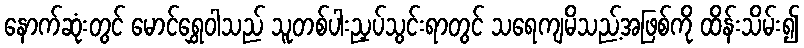
နောက်ဆုံးတွင် မောင်ရွှေဝါသည် သူတစ်ပါးညှပ်သွင်းရာတွင် သရေကျမိသည့်အဖြစ်ကို ထိန်းသိမ်း၍